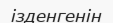
ізденгенін